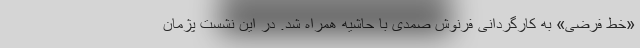
«خط فرضی» به کارگردانی فرنوش صمدی با حاشیه همراه شد. در این نشست پژمان